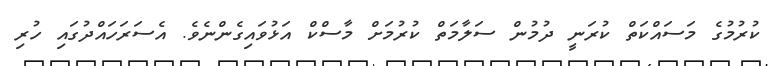
ކުރުމުގެ މަސައްކަތް ކުރަނީ ދުމުން ސަލާމަތް ކުރުމަށް މާސްކް އަޅުވައިގެންނެވެ. އެސަރަހައްދުގައި ހުރި